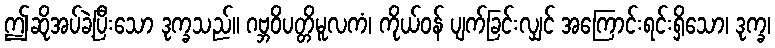
ဤဆိုအပ်ခဲ့ပြီးသော ဒုက္ခသည်။ ဂဗ္ဘဝိပတ္တိမူလကံ၊ ကိုယ်ဝန် ပျက်ခြင်းလျှင် အကြောင်းရင်းရှိသော၊ ဒုက္ခ၊